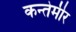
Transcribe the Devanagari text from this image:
कन्तेमीर